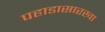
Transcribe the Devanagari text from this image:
पहाडासारखा